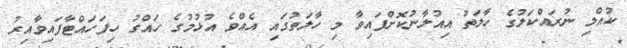
ކުއްލި ނުރައްކަލުގެ ހާލަތު އިއުލާނުކޮށްފައިވާ މި ހާލަތުގައި އެއްވެ އުޅުމުގެ ހައްގު ހިފަހައްޓާފައިވާއިރު